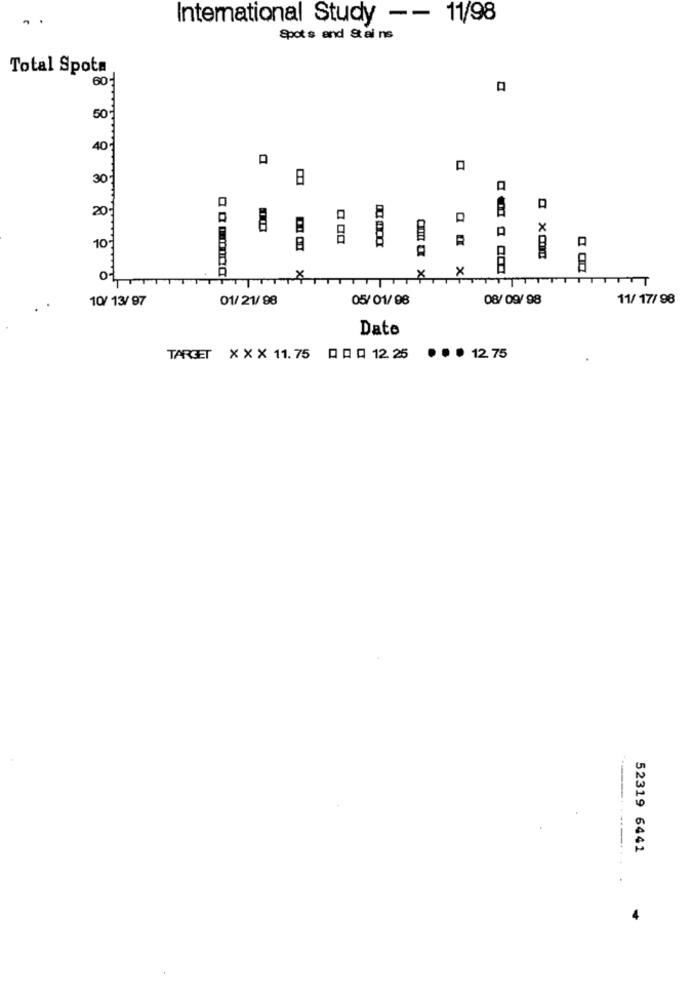
..
International Study -- 11/98
Spot s and Stai ns
Total Spota
60℃
50℃
40
30
20℃
8
R
10
X
X
TTT
01
10/ 13/ 97
01/ 21/ 98
05/ 01/ 98
08/ 09/ 98
11/ 17/98
.
Date
TARGET XXX 11.75 Q R Q 12 25
. .. 12 75
52319 6441